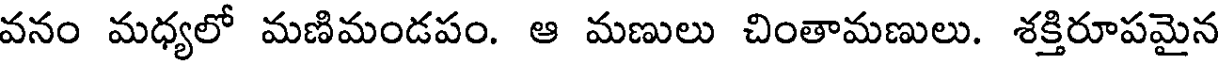
వనం మధ్యలో మణిమండపం. ఆ మణులు చింతామణులు. శక్తిరూపమైన